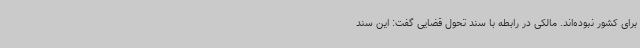
برای کشور نبوده‌اند. مالکی در رابطه با سند تحول قضایی گفت: این سند